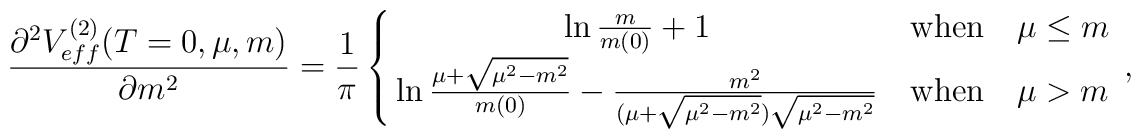
\frac{\partial^2V_{eff}^{(2)}(T=0,\mu,m)}{\partial m^2}=\frac{1}{\pi}\left\{\matrix{\ln\frac{m}{m(0)}+1          &{\rm when} &\mu\leq m \cr\ln\frac{\mu+\sqrt{\mu^2-m^2}}{m(0)}-\frac{m^2}{(\mu+\sqrt{\mu^2-m^2})\sqrt{\mu^2-m^2}} &{\rm when } &\mu>m \cr}\right.,